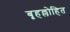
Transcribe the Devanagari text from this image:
बृहल्लोहित